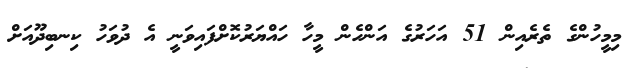
މިމީހުންގެ ތެރެއިން 51 އަހަރުގެ އަންހެން މީހާ ހައްޔަރުކޮށްފައިވަނީ އެ ދުވަހު ކިނބިދޫއަށް